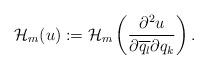
LaTeX: \begin{align*} \mathcal{H}_m(u):=\mathcal{H}_m\left( \frac{\partial^2 u}{\partial \overline{q_l}\partial {q_k}} \right). \end{align*}